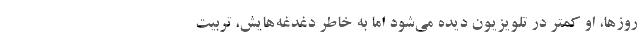
روزها، او کمتر در تلویزیون دیده می‌شود اما به خاطر دغدغه‌هایش، تربیت